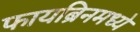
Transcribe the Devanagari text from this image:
फायब्रिनमध्ये